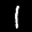
Label: 1